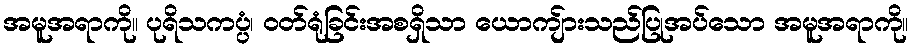
အမူအရာကို။ ပုရိသကပ္ပံ၊ ဝတ်ရုံခြင်းအစရှိသာ ယောကျ်ားသည်ပြုအပ်သော အမူအရာကို။